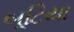
બૂટિયા